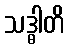
သဒ္ဓါတိ